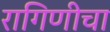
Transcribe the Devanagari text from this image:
रागिणीचा